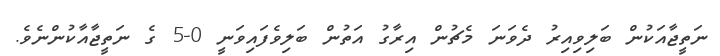
ނަތީޖާއަކުން ބަލިވިއިރު ދެވަނަ މެޗުން އިރާގު އަތުން ބަލިވެފައިވަނީ 0-5 ގެ ނަތީޖާއާކުންނެވެ.